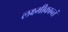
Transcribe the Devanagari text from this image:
लक्ष्मीकान्तं